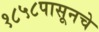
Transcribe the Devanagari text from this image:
१८५८पासूनचे